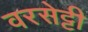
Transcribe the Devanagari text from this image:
वरसेट्टी